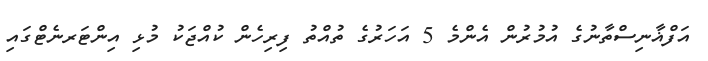
އަފްޣާނިސްތާނުގެ އުމުރުން އެންމެ 5 އަހަރުގެ ތުއްތު ފިރިހެން ކުއްޖަކު މުޅި އިންޓަރނެޓްގައި